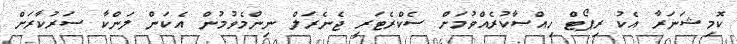
ކޮމިޝަނަރާ އެކު ރިޕޯޓް ހިއްސާކުރެއްވުމަށް ސެކްރެޓަރީ ޖެނެރަލް ނިންމެވުމުން އެކަން ލަންކާ ސަރުކާރަށް